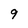
Character: 9